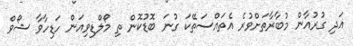
އަދި ގުރުއާން މުބާރާތަށްވުރެ އެތައްސަތޭކަ ގުނަ ބޮޑުކޮން ތި މޯލްޑިވިއަން ހަޑިހާވާ ޝޯވް